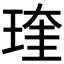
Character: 𤧊